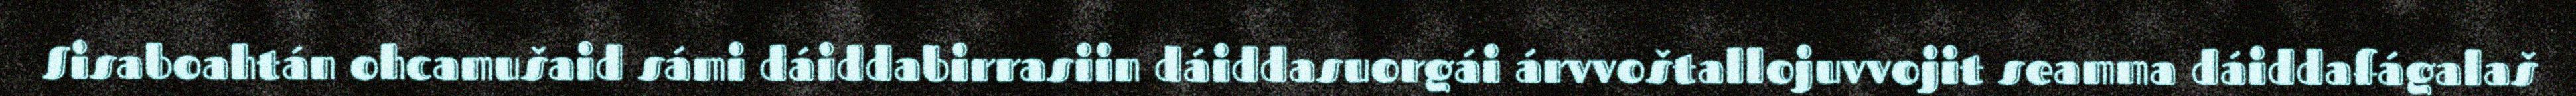
Sisaboahtán ohcamušaid sámi dáiddabirrasiin dáiddasuorgái árvvoštallojuvvojit seamma dáiddafágalaš